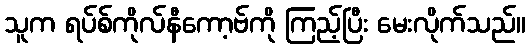
သူက ရပ်စ်ကိုလ်နီကော့ဗ်ကို ကြည့်ပြီး မေးလိုက်သည်။